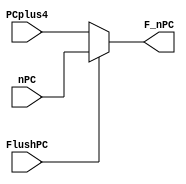
`timescale 1ns / 1ps
//////////////////////////////////////////////////////////////////////////////////
// Company: 
// Engineer: 
// 
// Design Name: 
// Module Name:    Mux 
// Project Name: 
// Target Devices: 
// Tool versions: 
// Description: 
//
// Dependencies: 
//
// Revision: 
// Revision 0.01 - File Created
// Additional Comments: 
//
//////////////////////////////////////////////////////////////////////////////////
module Mux_FlushPC_nPC(
	 input  FlushPC,           //
	 input  [31:0] PCplus4,    //0,PC+4
	 input  [31:0] nPC,        //1,
	 output  [31:0] F_nPC      //
	 );
	 assign F_nPC = FlushPC ? nPC : PCplus4;
	 
endmodule


module Mux_RegAddr(
	 input  RegDst,           //
	 input  [4:0] Rt,         //0
	 input  [4:0] Rd,         //1
	 output  [4:0] RegAddr    //
    );
	 assign RegAddr = RegDst ? Rd : Rt;

endmodule


module Mux_ALUSrc(
	 input ALUSrc,              //
	 input [31:0] ReadData2,    //0
	 input [31:0] imm32,        //1
	 output [31:0] ALU_B        //
    );
	 assign ALU_B = ALUSrc ? imm32 : ReadData2;

endmodule


module Mux_RegData(
	 input  MemtoReg,           //
	 input  [31:0] ALUOut,      //0
	 input  [31:0] ReadData,    //1
	 output  [31:0] RegData     //
    );
	 assign RegData = MemtoReg ? ReadData : ALUOut;

endmodule


module Mux_raRegData(
	 input  RegRA,               //
	 input  [31:0] RegData,      //0
	 input  [31:0] PCplus8,      //1
	 output  [31:0] raRegData    //
	 );
	 assign raRegData = RegRA ? PCplus8 : RegData;
	 
endmodule


module Mux_RegRA(
	 input  RegRA,               //           
	 input  [4:0] RegAddr,       //0
	 output  [4:0] raRegAddr    //
	 );
	 assign raRegAddr = RegRA ? 5'b11111 : RegAddr;
	 
endmodule


module Mux_MF_sel(
	 input  JumpLink,                //
	 input  [31:0] ALUOutM,          //0
	 input  [31:0] PCplus8M,         //1
	 output  [31:0] MF_sel           //
	 );
	 assign MF_sel = JumpLink ? PCplus8M : ALUOutM ;
	 
endmodule